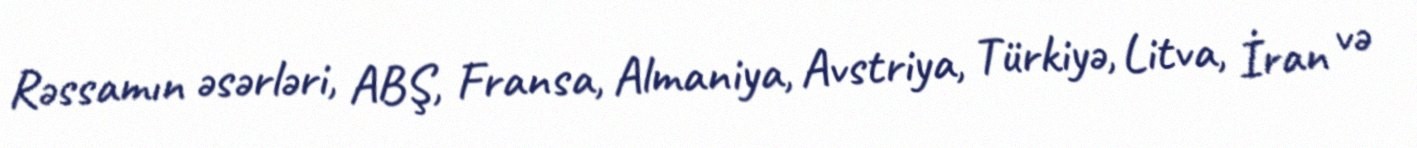
Rəssamın əsərləri, ABŞ, Fransa, Almaniya, Avstriya, Türkiyə, Litva, İran və